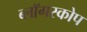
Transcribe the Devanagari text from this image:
ब्लॉगस्कोप